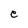
Character: e